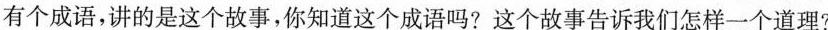
有个成语，讲的是这个故事，你知道这个成语吗?这个故事告诉我们怎样一个道理?